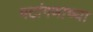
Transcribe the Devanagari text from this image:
पटांगणाच्या